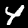
Digit: 4